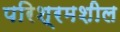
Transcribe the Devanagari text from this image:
परिश्रमशील